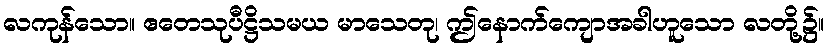
လကုန်သော။ ဧတေသုပီဋ္ဌိသမယ မာသေတု၊ ဤနောက်ကျောအခါဟူသော လတို့၌။